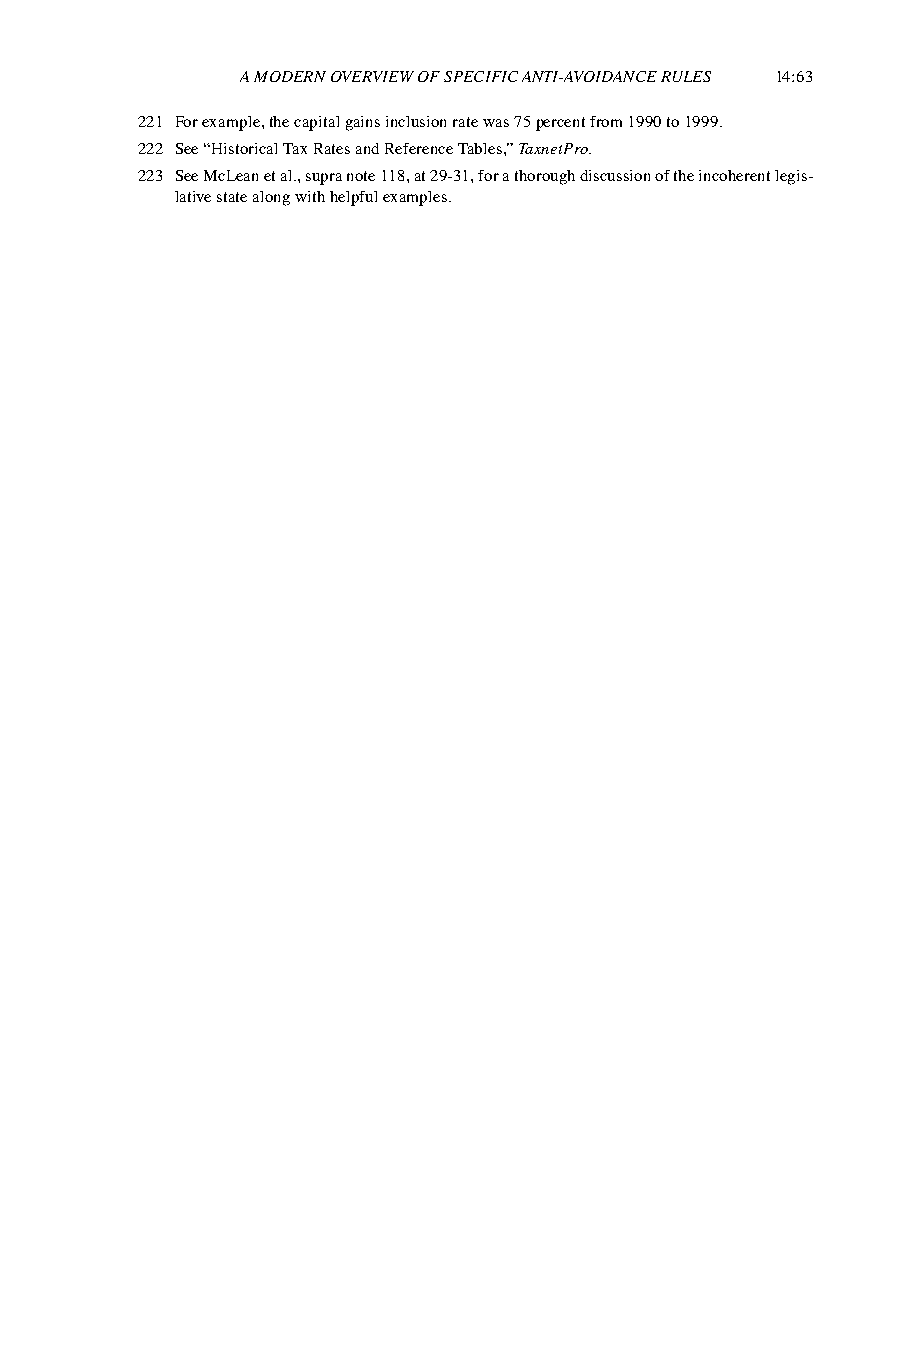
A MODERN OVERVIEW OF SPECIFIC ANTI-AVOIDANCE RULES 14:63
 221 For example, the capital gains inclusion rate was 75 percent from 1990 to 1999.
 222 See “Historical Tax Rates and Reference Tables,” TaxnetPro.
 223 See McLean et al., supra note 118, at 29-31, for a thorough discussion of the incoherent legis-
 lative state along with helpful examples.